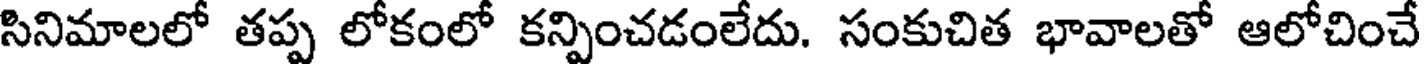
సినిమాలలో తప్ప లోకంలో కన్పించడంలేదు. సంకుచిత భావాలతో ఆలోచించే